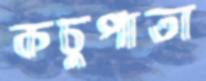
কচুপাতা